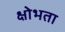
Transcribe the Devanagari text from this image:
क्षोभता